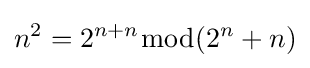
n^{2}=2^{n+n}{\bmod {(}}2^{n}+n)